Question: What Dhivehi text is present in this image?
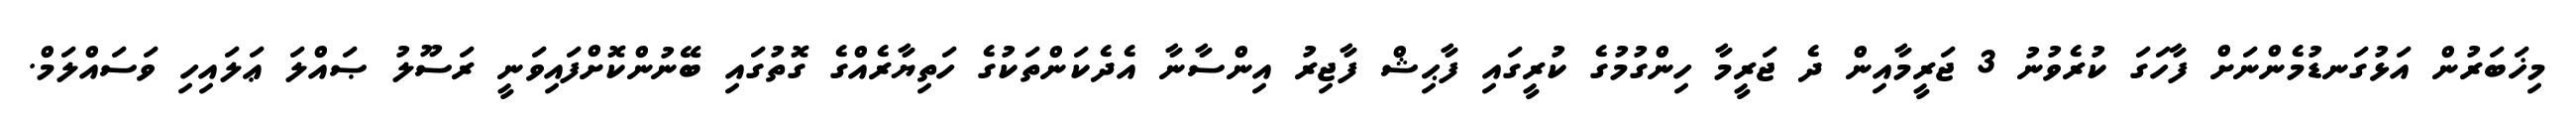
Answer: މިޚަބަރުން އަޅުގަނޑުމެންނަށް ފާހަގަ ކުރެވުނު 3 ޖަރީމާއިން ދެ ޖަރީމާ ހިންގުމުގެ ކުރީގައި ފާޙިޝް ފާޖިރު އިންސާނާ އެދެކަންތަކުގެ ހަތިޔާރެއްގެ ގޮތުގައި ބޭނުންކޮށްފައިވަނީ ރަސޫލު ޞައްލަ ޢަލައިހި ވަސައްލަމް.